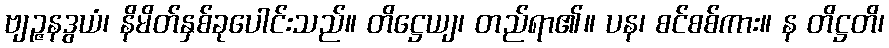
ဗျဉ္ဇနဒွယံ၊ နိမိတ်နှစ်ခုပေါင်းသည်။ တိဋ္ဌေယျ၊ တည်ရာ၏။ ပန၊ စင်စစ်ကား။ န တိဋ္ဌတိ၊